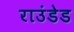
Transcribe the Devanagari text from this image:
राउंडेड